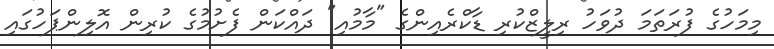
މިމަހުގެ ފުރަތަމަ ދުވަހު ރިލީޒްކުރި ޑާކްރެއިންގެ "މާމުއި" ދައްކަން ފެށުމުގެ ކުރިން އޮލިންޕަހުގައި